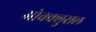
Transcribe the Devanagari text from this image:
ओक्क्लुसल